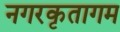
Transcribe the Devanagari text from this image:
नगरकृतागम